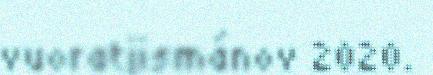
vuoratjismánov 2020.